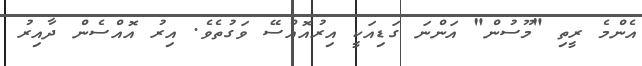
އެންމެ ރީތި "މޫސުން" އަންނަ ގަޑިއަކީ އިރުއޮއްސޭ ވަގުތެވެ. އިރު އޮއްސެން ދާއިރު